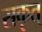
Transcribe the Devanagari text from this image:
सकृत्